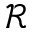
\mathcal { R }